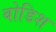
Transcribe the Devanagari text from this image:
बोडिश